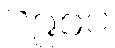
၁၉၀၀